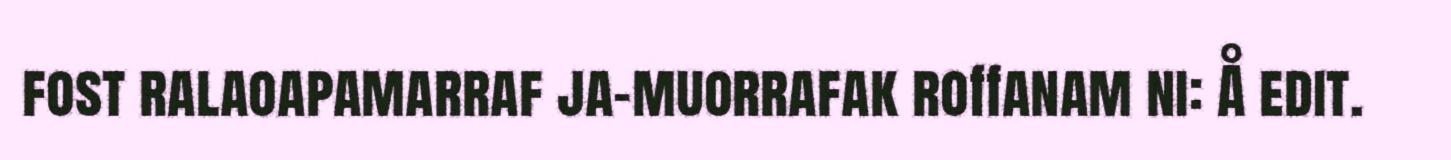
fost ralaoapamarraf ja-muorrafak roffanam ni: Å edit.